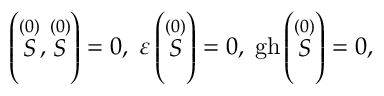
\left( \stackrel { ( 0 ) } { S } , \stackrel { ( 0 ) } { S } \right) = 0 , \; \varepsilon \left( \stackrel { ( 0 ) } { S } \right) = 0 , \; \mathrm { g h } \left( \stackrel { ( 0 ) } { S } \right) = 0 ,